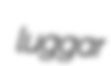
luggar